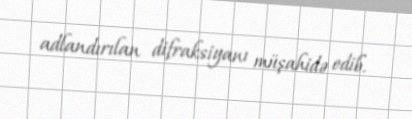
adlandırılan difraksiyanı müşahidə edib.